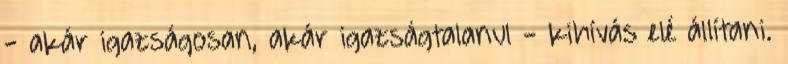
- akár igazságosan, akár igazságtalanul - kihívás elé állítani.